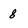
Character: 8